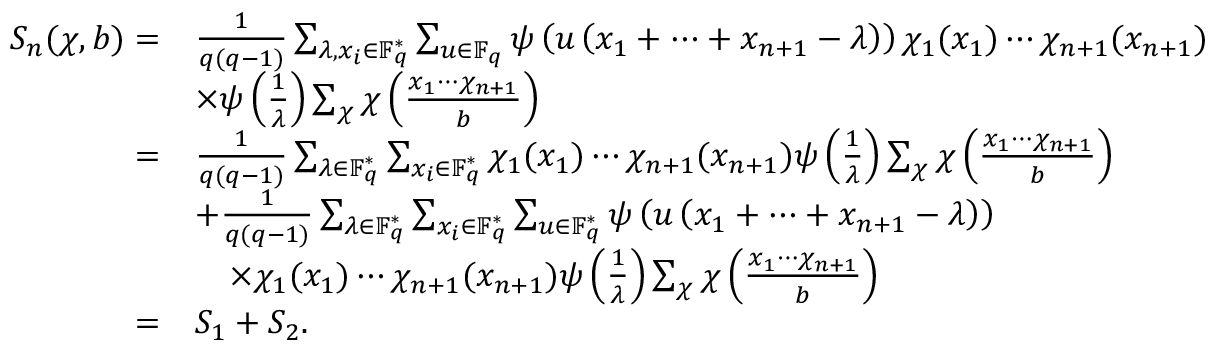
\begin{array} { r l } { S _ { n } ( \chi , b ) = } & { \frac { 1 } { q ( q - 1 ) } \sum _ { \lambda , x _ { i } \in \mathbb { F } _ { q } ^ { * } } \sum _ { u \in \mathbb { F } _ { q } } \psi \left( u \left( x _ { 1 } + \cdots + x _ { n + 1 } - \lambda \right) \right) \chi _ { 1 } ( x _ { 1 } ) \cdots \chi _ { n + 1 } ( x _ { n + 1 } ) } \\ & { \times \psi \left( \frac { 1 } { \lambda } \right) \sum _ { \chi } \chi \left( \frac { x _ { 1 } \cdots \chi _ { n + 1 } } { b } \right) } \\ { = } & { \frac { 1 } { q ( q - 1 ) } \sum _ { \lambda \in \mathbb { F } _ { q } ^ { * } } \sum _ { x _ { i } \in \mathbb { F } _ { q } ^ { * } } \chi _ { 1 } ( x _ { 1 } ) \cdots \chi _ { n + 1 } ( x _ { n + 1 } ) \psi \left( \frac { 1 } { \lambda } \right) \sum _ { \chi } \chi \left( \frac { x _ { 1 } \cdots \chi _ { n + 1 } } { b } \right) } \\ & { + \frac { 1 } { q ( q - 1 ) } \sum _ { \lambda \in \mathbb { F } _ { q } ^ { * } } \sum _ { x _ { i } \in \mathbb { F } _ { q } ^ { * } } \sum _ { u \in \mathbb { F } _ { q } ^ { * } } \psi \left( u \left( x _ { 1 } + \cdots + x _ { n + 1 } - \lambda \right) \right) } \\ & { \quad \times \chi _ { 1 } ( x _ { 1 } ) \cdots \chi _ { n + 1 } ( x _ { n + 1 } ) \psi \left( \frac { 1 } { \lambda } \right) \sum _ { \chi } \chi \left( \frac { x _ { 1 } \cdots \chi _ { n + 1 } } { b } \right) } \\ { = } & { S _ { 1 } + S _ { 2 } . } \end{array}